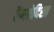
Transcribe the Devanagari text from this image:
रैप्सोदिस्त